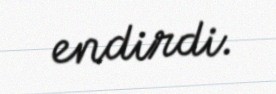
endirdi.